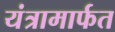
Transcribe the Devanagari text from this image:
यंत्रामार्फत